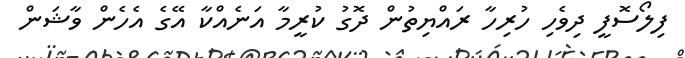
ފިލޯސޮފީ ދިވެހި ހުރިހާ ރައްޔިތުން ދޮގު ކުރީމާ އަނެއްކާ އޭގެ އެހެން ވާޝަން